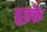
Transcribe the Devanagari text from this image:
हुक़्क़े